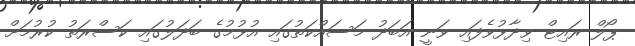
ޕޯލް ރައިޓް ވިދާޅުވެފައި ވަނީ އަބަދު މަސައްކަތުގައި އުޅުމުގެ ބަދަލުގައި ކަސްރަތު ކުރުމަށް